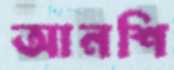
আনশি